Source: Computer-generated
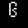
Digit: ၆ (6)